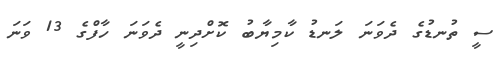
ސީ ތުނޑުގެ ދެވަނަ ލަނޑު ކާމިޔާބު ކޮށްދިނީ ދެވަނަ ހާފްގެ 13 ވަނަ